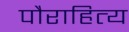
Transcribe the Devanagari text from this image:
पौराहित्य